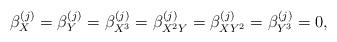
LaTeX: \begin{align*}\beta^{(j)}_X=\beta^{(j)}_Y=\beta^{(j)}_{X^3}=\beta^{(j)}_{X^2Y}=\beta^{(j)}_{XY^2}=\beta^{(j)}_{Y^3}=0,\end{align*}